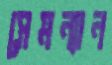
সেমন্যান